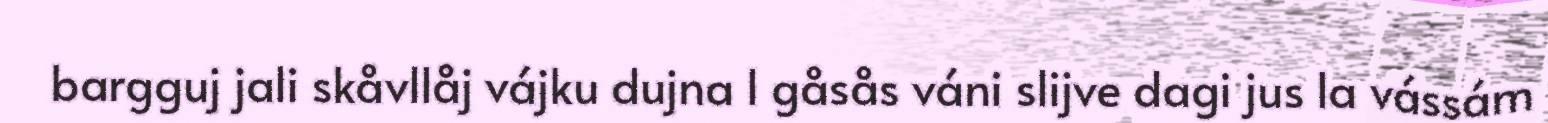
bargguj jali skåvllåj vájku dujna l gåsås váni slijve dagi jus la vássám